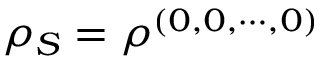
\rho _ { S } = \rho ^ { ( 0 , 0 , \cdots , 0 ) }